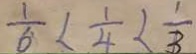
\frac { 1 } { 6 } < \frac { 1 } { 4 } < \frac { 1 } { 3 }